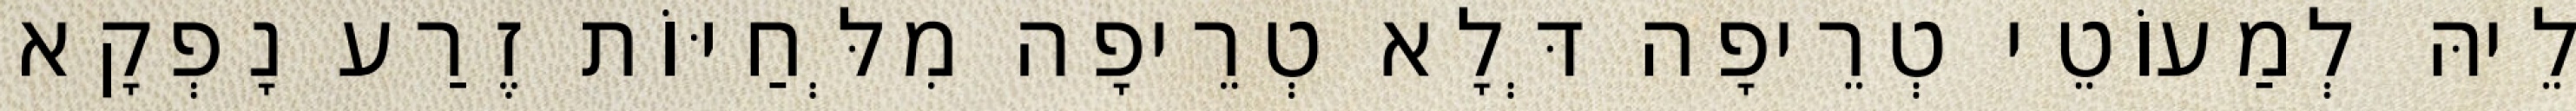
לֵיהּ לְמַעוֹטֵי טְרֵיפָה דְּלָא טְרֵיפָה מִלְּחַיּוֹת זֶרַע נָפְקָא